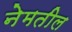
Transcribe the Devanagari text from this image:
नेमतील